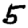
Digit: 5